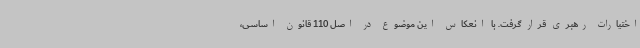
اختیارات رهبری قرار گرفت. با انعکاس این موضوع در اصل 110 قانون اساسی،